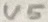
Text: U5